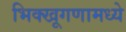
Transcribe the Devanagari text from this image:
भिक्खूगणामध्ये